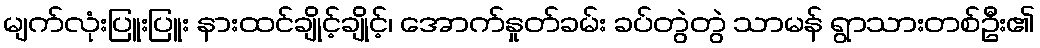
မျက်လုံးပြူးပြူး နားထင်ချိုင့်ချိုင့်၊ အောက်နှုတ်ခမ်း ခပ်တွဲတွဲ သာမန် ရွာသားတစ်ဦး၏